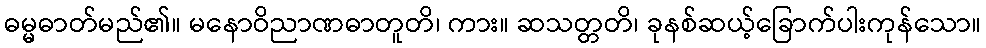
ဓမ္မဓာတ်မည်၏။ မနောဝိညာဏဓာတူတိ၊ ကား။ ဆသတ္တတိ၊ ခုနစ်ဆယ့်ခြောက်ပါးကုန်သော။